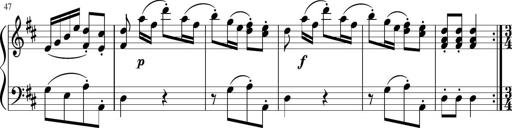
Title: 12 Keyboard Sonatinas
Composer: James Hook